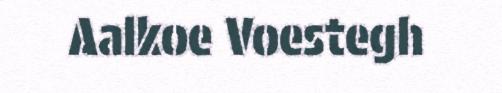
Aalkoe Voestegh